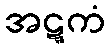
အဋ္ဋကံ